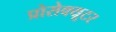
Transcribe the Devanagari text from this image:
प्रोसेक्यूटर